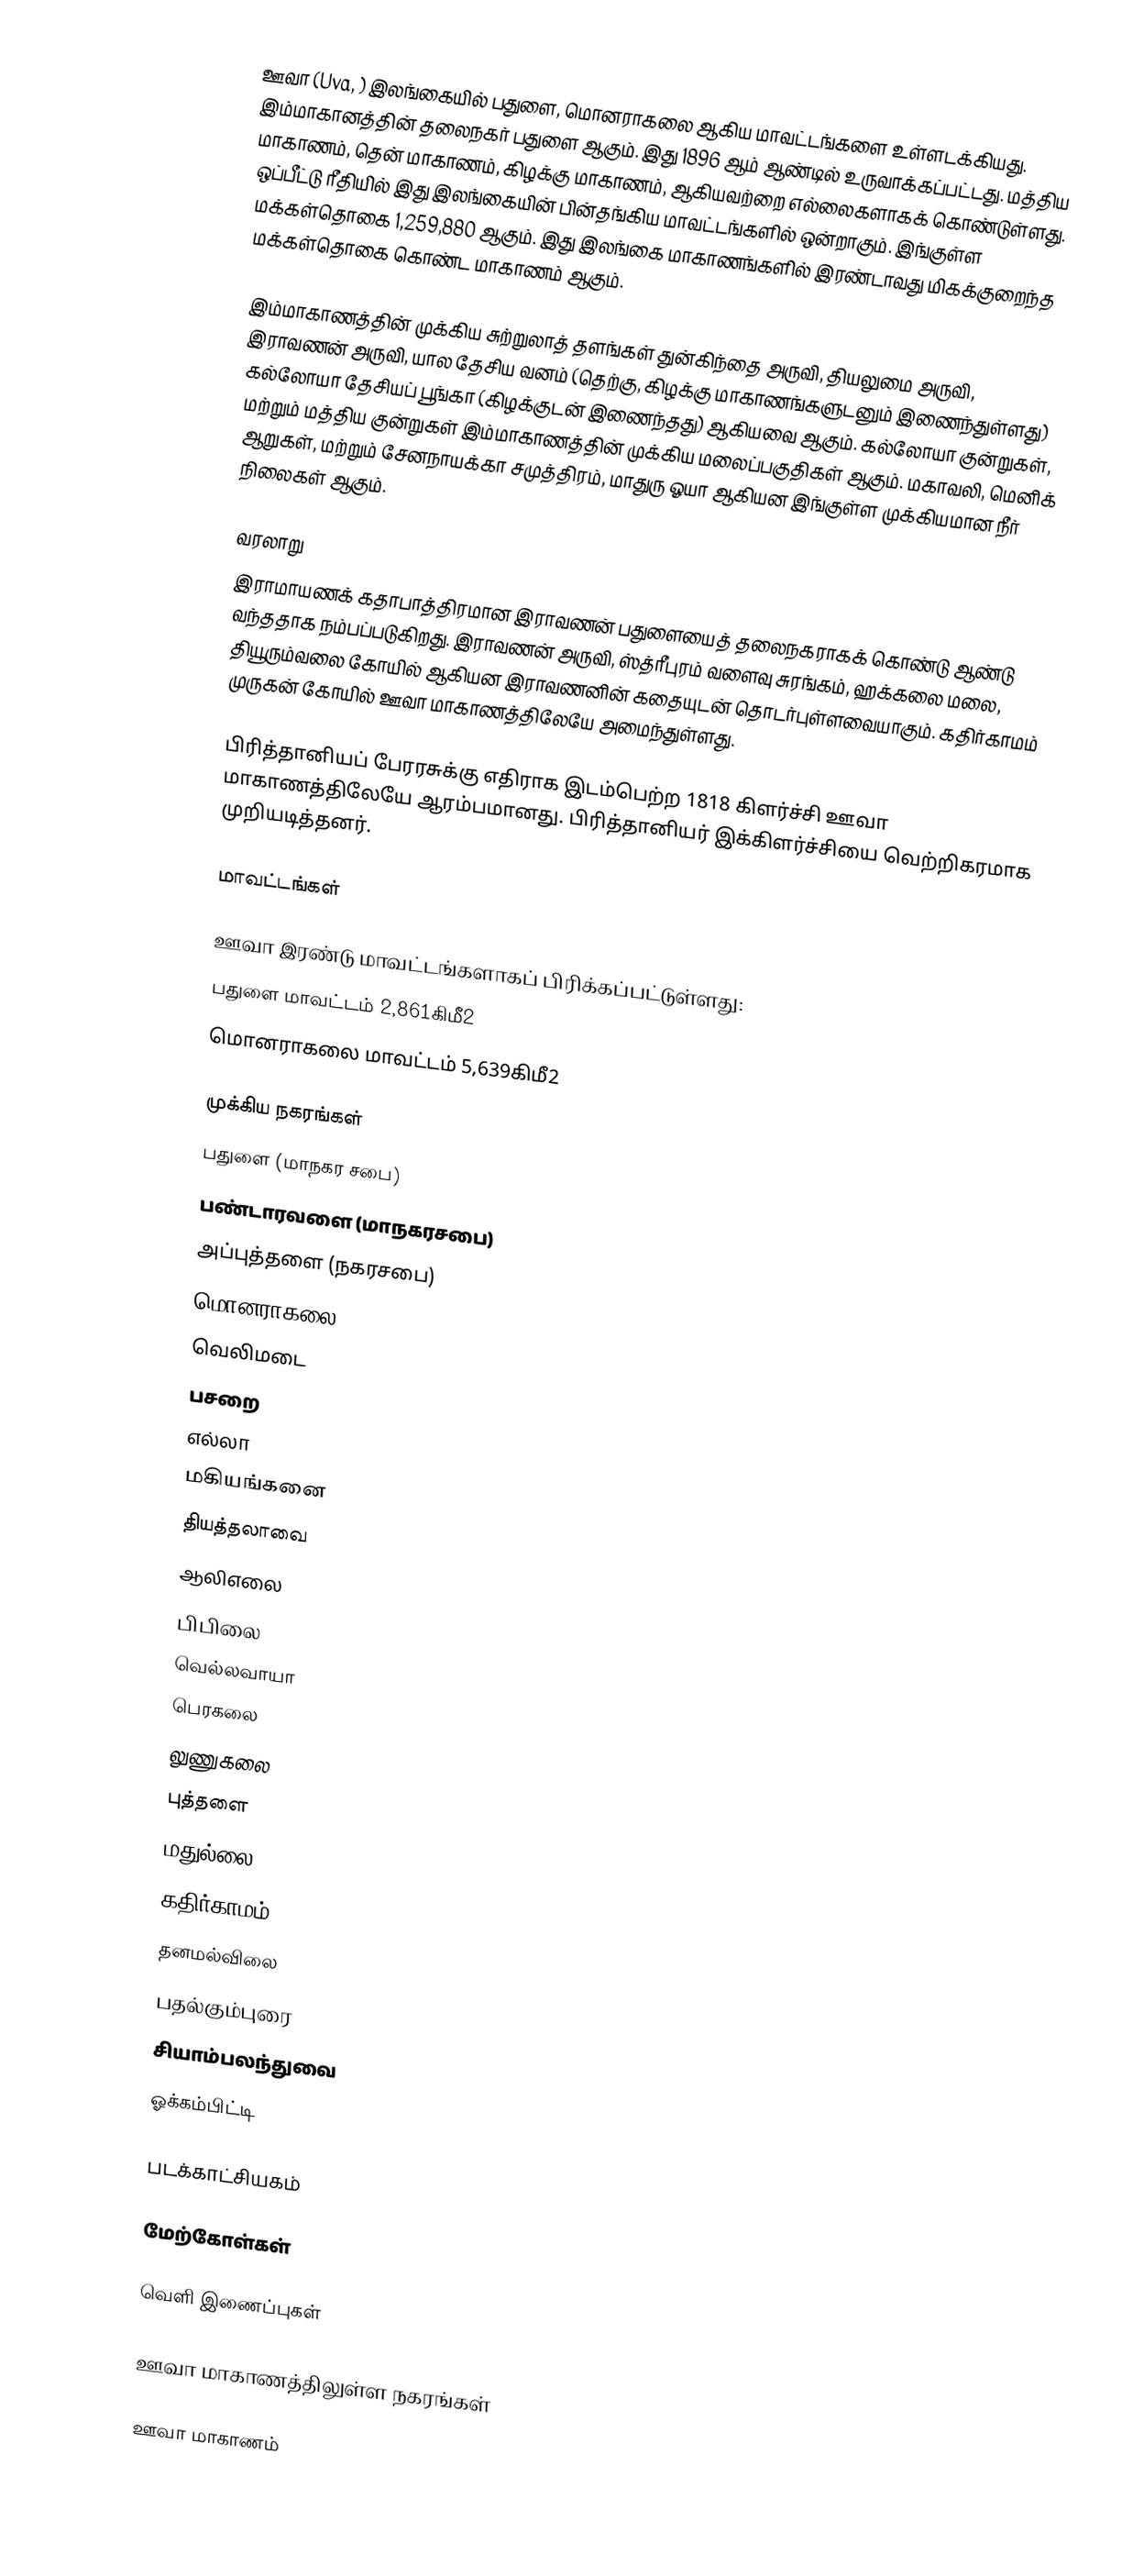
ஊவா (Uva, ) இலங்கையில் பதுளை, மொனராகலை ஆகிய மாவட்டங்களை உள்ளடக்கியது. இம்மாகானத்தின் தலைநகர் பதுளை ஆகும். இது 1896 ஆம் ஆண்டில் உருவாக்கப்பட்டது. மத்திய மாகாணம், தென் மாகாணம், கிழக்கு மாகாணம், ஆகியவற்றை எல்லைகளாகக் கொண்டுள்ளது. ஒப்பீட்டு ரீதியில் இது இலங்கையின் பின்தங்கிய மாவட்டங்களில் ஒன்றாகும். இங்குள்ள மக்கள்தொகை 1,259,880 ஆகும். இது இலங்கை மாகாணங்களில் இரண்டாவது மிகக்குறைந்த மக்கள்தொகை கொண்ட மாகாணம் ஆகும்.

இம்மாகாணத்தின் முக்கிய சுற்றுலாத் தளங்கள் துன்கிந்தை அருவி, தியலுமை அருவி, இராவணன் அருவி, யால தேசிய வனம் (தெற்கு, கிழக்கு மாகாணங்களுடனும் இணைந்துள்ளது) கல்லோயா தேசியப் பூங்கா (கிழக்குடன் இணைந்தது) ஆகியவை ஆகும். கல்லோயா குன்றுகள், மற்றும் மத்திய குன்றுகள் இம்மாகாணத்தின் முக்கிய மலைப்பகுதிகள் ஆகும். மகாவலி, மெனிக் ஆறுகள், மற்றும் சேனநாயக்கா சமுத்திரம், மாதுரு ஓயா ஆகியன இங்குள்ள முக்கியமான நீர் நிலைகள் ஆகும்.

வரலாறு
இராமாயணக் கதாபாத்திரமான இராவணன் பதுளையைத் தலைநகராகக் கொண்டு ஆண்டு வந்ததாக நம்பப்படுகிறது. இராவணன் அருவி, ஸ்த்ரீபுரம் வளைவு சுரங்கம், ஹக்கலை மலை, தியூரும்வலை கோயில் ஆகியன இராவணனின் கதையுடன் தொடர்புள்ளவையாகும். கதிர்காமம் முருகன் கோயில் ஊவா மாகாணத்திலேயே அமைந்துள்ளது.

பிரித்தானியப் பேரரசுக்கு எதிராக இடம்பெற்ற 1818 கிளர்ச்சி ஊவா மாகாணத்திலேயே ஆரம்பமானது. பிரித்தானியர் இக்கிளர்ச்சியை வெற்றிகரமாக முறியடித்தனர்.

மாவட்டங்கள்

ஊவா இரண்டு மாவட்டங்களாகப் பிரிக்கப்பட்டுள்ளது:
 பதுளை மாவட்டம் 2,861கிமீ2
 மொனராகலை மாவட்டம் 5,639கிமீ2

முக்கிய நகரங்கள்
 பதுளை (மாநகர சபை)
 பண்டாரவளை (மாநகரசபை)
 அப்புத்தளை  (நகரசபை)
 மொனராகலை
 வெலிமடை
 பசறை
 எல்லா
 மகியங்கனை
 தியத்தலாவை
 ஆலிஎலை
 பிபிலை
 வெல்லவாயா
 பெரகலை
 லுணுகலை
 புத்தளை
 மதுல்லை
 கதிர்காமம்
 தனமல்விலை
 பதல்கும்புரை
 சியாம்பலந்துவை
 ஓக்கம்பிட்டி

படக்காட்சியகம்

மேற்கோள்கள்

வெளி இணைப்புகள்

 ஊவா மாகாணத்திலுள்ள நகரங்கள்

ஊவா மாகாணம்